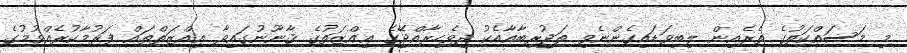
މި މަސައްކަތުގެ ތެރެއިން ލިބިވަޑައިގެންނެވި ތަޖުރިބާއާއެކު ދިވެހިރާއްޖޭގެ ޢިއްޒަތުގެ ޤާނޫނުގައިވާ ޢިއްޒަތްތައް ފަރުމާކުރެއްވުމުގެ